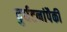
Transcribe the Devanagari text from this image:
दुर्घटनांपैकी